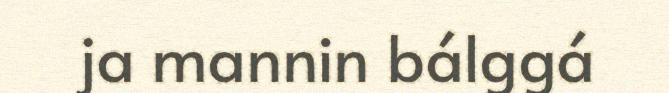
ja mannin bálggá